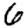
Digit: 6